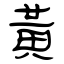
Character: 黃